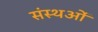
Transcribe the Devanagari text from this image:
संस्थओं